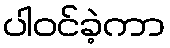
ပါဝင်ခဲ့ကာ